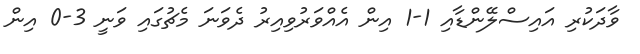
ވާދަކުރި އައިސްލޭންޑާއި 1-1 އިން އެއްވަރުވިއިރު ދެވަނަ މެޗުގައި ވަނީ 3-0 އިން